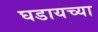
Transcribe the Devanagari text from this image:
घडायच्या